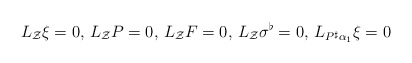
\begin{align*} L_{\mathcal{Z}}\mathcal{\xi}=0,\,L_{\mathcal{Z}}P=0,\, L_{\mathcal{Z}}F=0,\,L_{\mathcal{Z}}\sigma^{\flat}=0,\, L_{P^{\sharp}\alpha_1}\mathcal{\xi}=0 \end{align*}